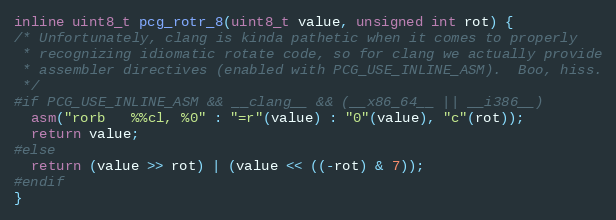
Language: C
inline uint8_t pcg_rotr_8(uint8_t value, unsigned int rot) {
/* Unfortunately, clang is kinda pathetic when it comes to properly
 * recognizing idiomatic rotate code, so for clang we actually provide
 * assembler directives (enabled with PCG_USE_INLINE_ASM).  Boo, hiss.
 */
#if PCG_USE_INLINE_ASM && __clang__ && (__x86_64__ || __i386__)
  asm("rorb   %%cl, %0" : "=r"(value) : "0"(value), "c"(rot));
  return value;
#else
  return (value >> rot) | (value << ((-rot) & 7));
#endif
}